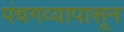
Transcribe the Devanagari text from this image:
पंचगव्यापासून